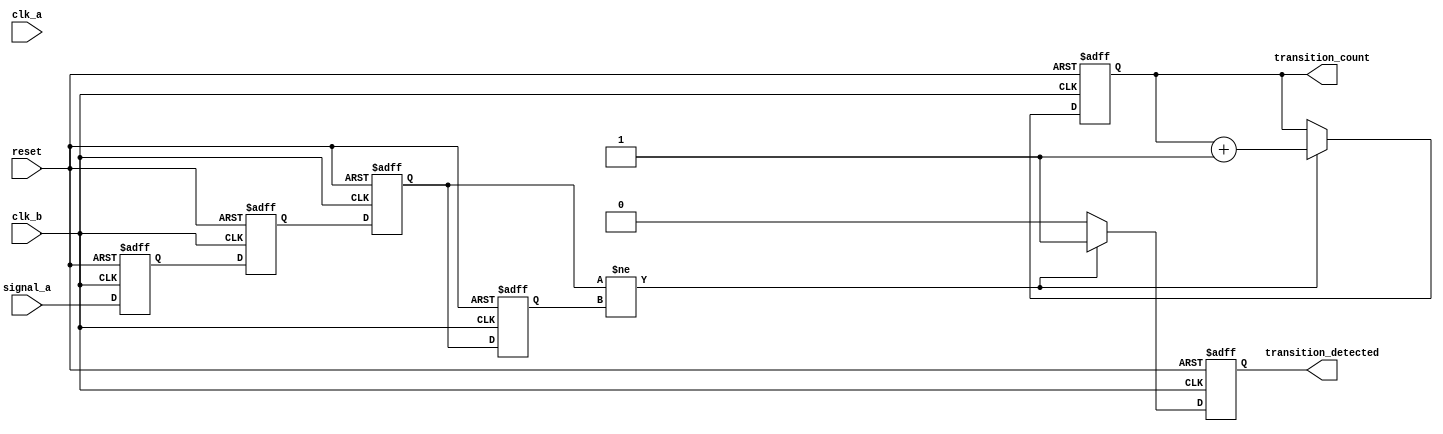
module cdc_detector (
    input wire signal_a,         // Signal from clock domain A
    input wire clk_a,           // Clock for domain A
    input wire clk_b,           // Clock for domain B
    input wire reset,           // Synchronous reset signal
    output reg transition_detected, // Indicate if a transition has occurred
    output reg [31:0] transition_count // Counter for number of transitions
);

    // Internal signals for sampling and edge detection
    reg signal_a_sync_1, signal_a_sync_2; // Synchronizer registers
    reg signal_a_prev; // Previous state of signal_a
    reg signal_a_current; // Current sampled state of signal_a

    // Synchronize signal_a to clk_b domain
    always @(posedge clk_b or posedge reset) begin
        if (reset) begin
            signal_a_sync_1 <= 1'b0;
            signal_a_sync_2 <= 1'b0;
        end else begin
            signal_a_sync_1 <= signal_a; // First stage of synchronization
            signal_a_sync_2 <= signal_a_sync_1; // Second stage of synchronization
        end
    end

    // Capture the current and previous state of signal_a on clk_b
    always @(posedge clk_b or posedge reset) begin
        if (reset) begin
            signal_a_current <= 1'b0;
            signal_a_prev <= 1'b0;
            transition_detected <= 1'b0;
            transition_count <= 32'b0;
        end else begin
            signal_a_prev <= signal_a_current; // Store previous state
            signal_a_current <= signal_a_sync_2; // Capture new state

            // Detect transitions: rising edge or falling edge
            if (signal_a_current != signal_a_prev) begin
                transition_detected <= 1'b1; // Transition detected
                transition_count <= transition_count + 1; // Increment counter
            end else begin
                transition_detected <= 1'b0; // No transition detected
            end
        end
    end

endmodule